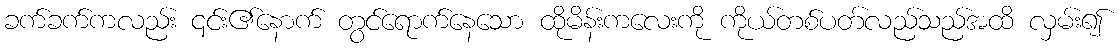
ခက်ခက်ကလည်း ၎င်း၏နောက် တွင်ရောက်နေသော ထိုမိန်းကလေးကို ကိုယ်တစ်ပတ်လည်သည်အထိ လှမ်း၍